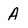
Character: A